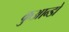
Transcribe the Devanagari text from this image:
कुआन्डो